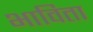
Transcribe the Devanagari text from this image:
भाविता